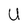
Character: U